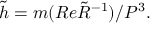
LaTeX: \tilde { h } = m ( R e { \tilde { R } } ^ { - 1 } ) / P ^ { 3 } .